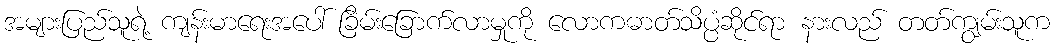
အများပြည်သူရဲ့ ကျန်းမာရေးအပေါ် ခြိမ်းခြောက်လာမှုကို လောကဓာတ်သိပ္ပံဆိုင်ရာ နားလည် တတ်ကျွမ်းသူက